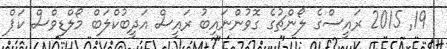
19